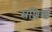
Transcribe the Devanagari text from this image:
सशिखं